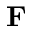
\mathbf { F }